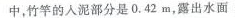
中，竹竿的入泥部分是0.42m，露出水面